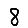
Digit: 8